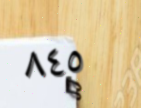
٨٤٥